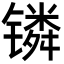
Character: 𬭸